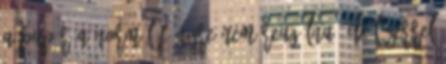
A papír a normál fényre nem reagálna, de lézerrel